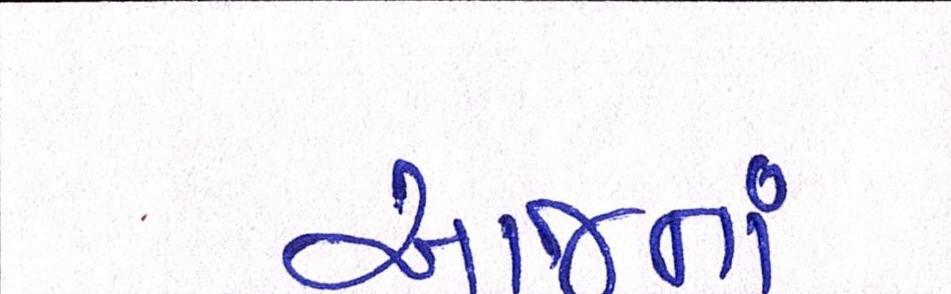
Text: આજનાં